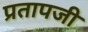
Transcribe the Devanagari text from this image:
प्रतापजी